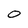
Character: O